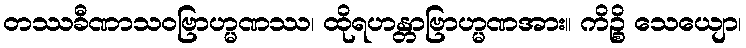
တဿခီဏာသဝဗြာဟ္မဏဿ၊ ထိုရဟန္တာဗြာဟ္မဏအား။ ကိဉ္စိ သေယျော၊